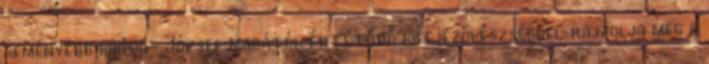
keményebb kihívá- József magától értetődő kifejezőkészséggel rajzolja meg a